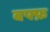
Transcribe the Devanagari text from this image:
बफ्फ़